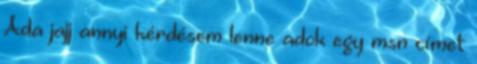
Ada jajj annyi kérdésem lenne adok egy msn címet